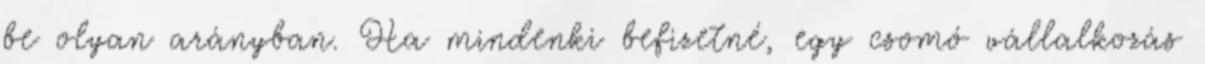
be olyan arányban. Ha mindenki befizetné, egy csomó vállalkozás